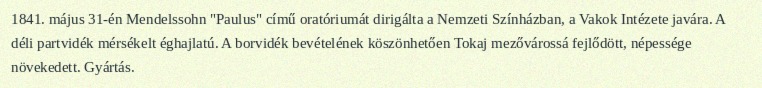
1841. május 31-én Mendelssohn "Paulus" című oratóriumát dirigálta a Nemzeti Színházban, a Vakok Intézete javára. A déli partvidék mérsékelt éghajlatú. A borvidék bevételének köszönhetően Tokaj mezővárossá fejlődött, népessége növekedett. Gyártás.